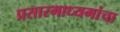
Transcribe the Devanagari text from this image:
प्रसारमाध्यमांचा